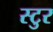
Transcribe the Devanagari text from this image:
स्टुर